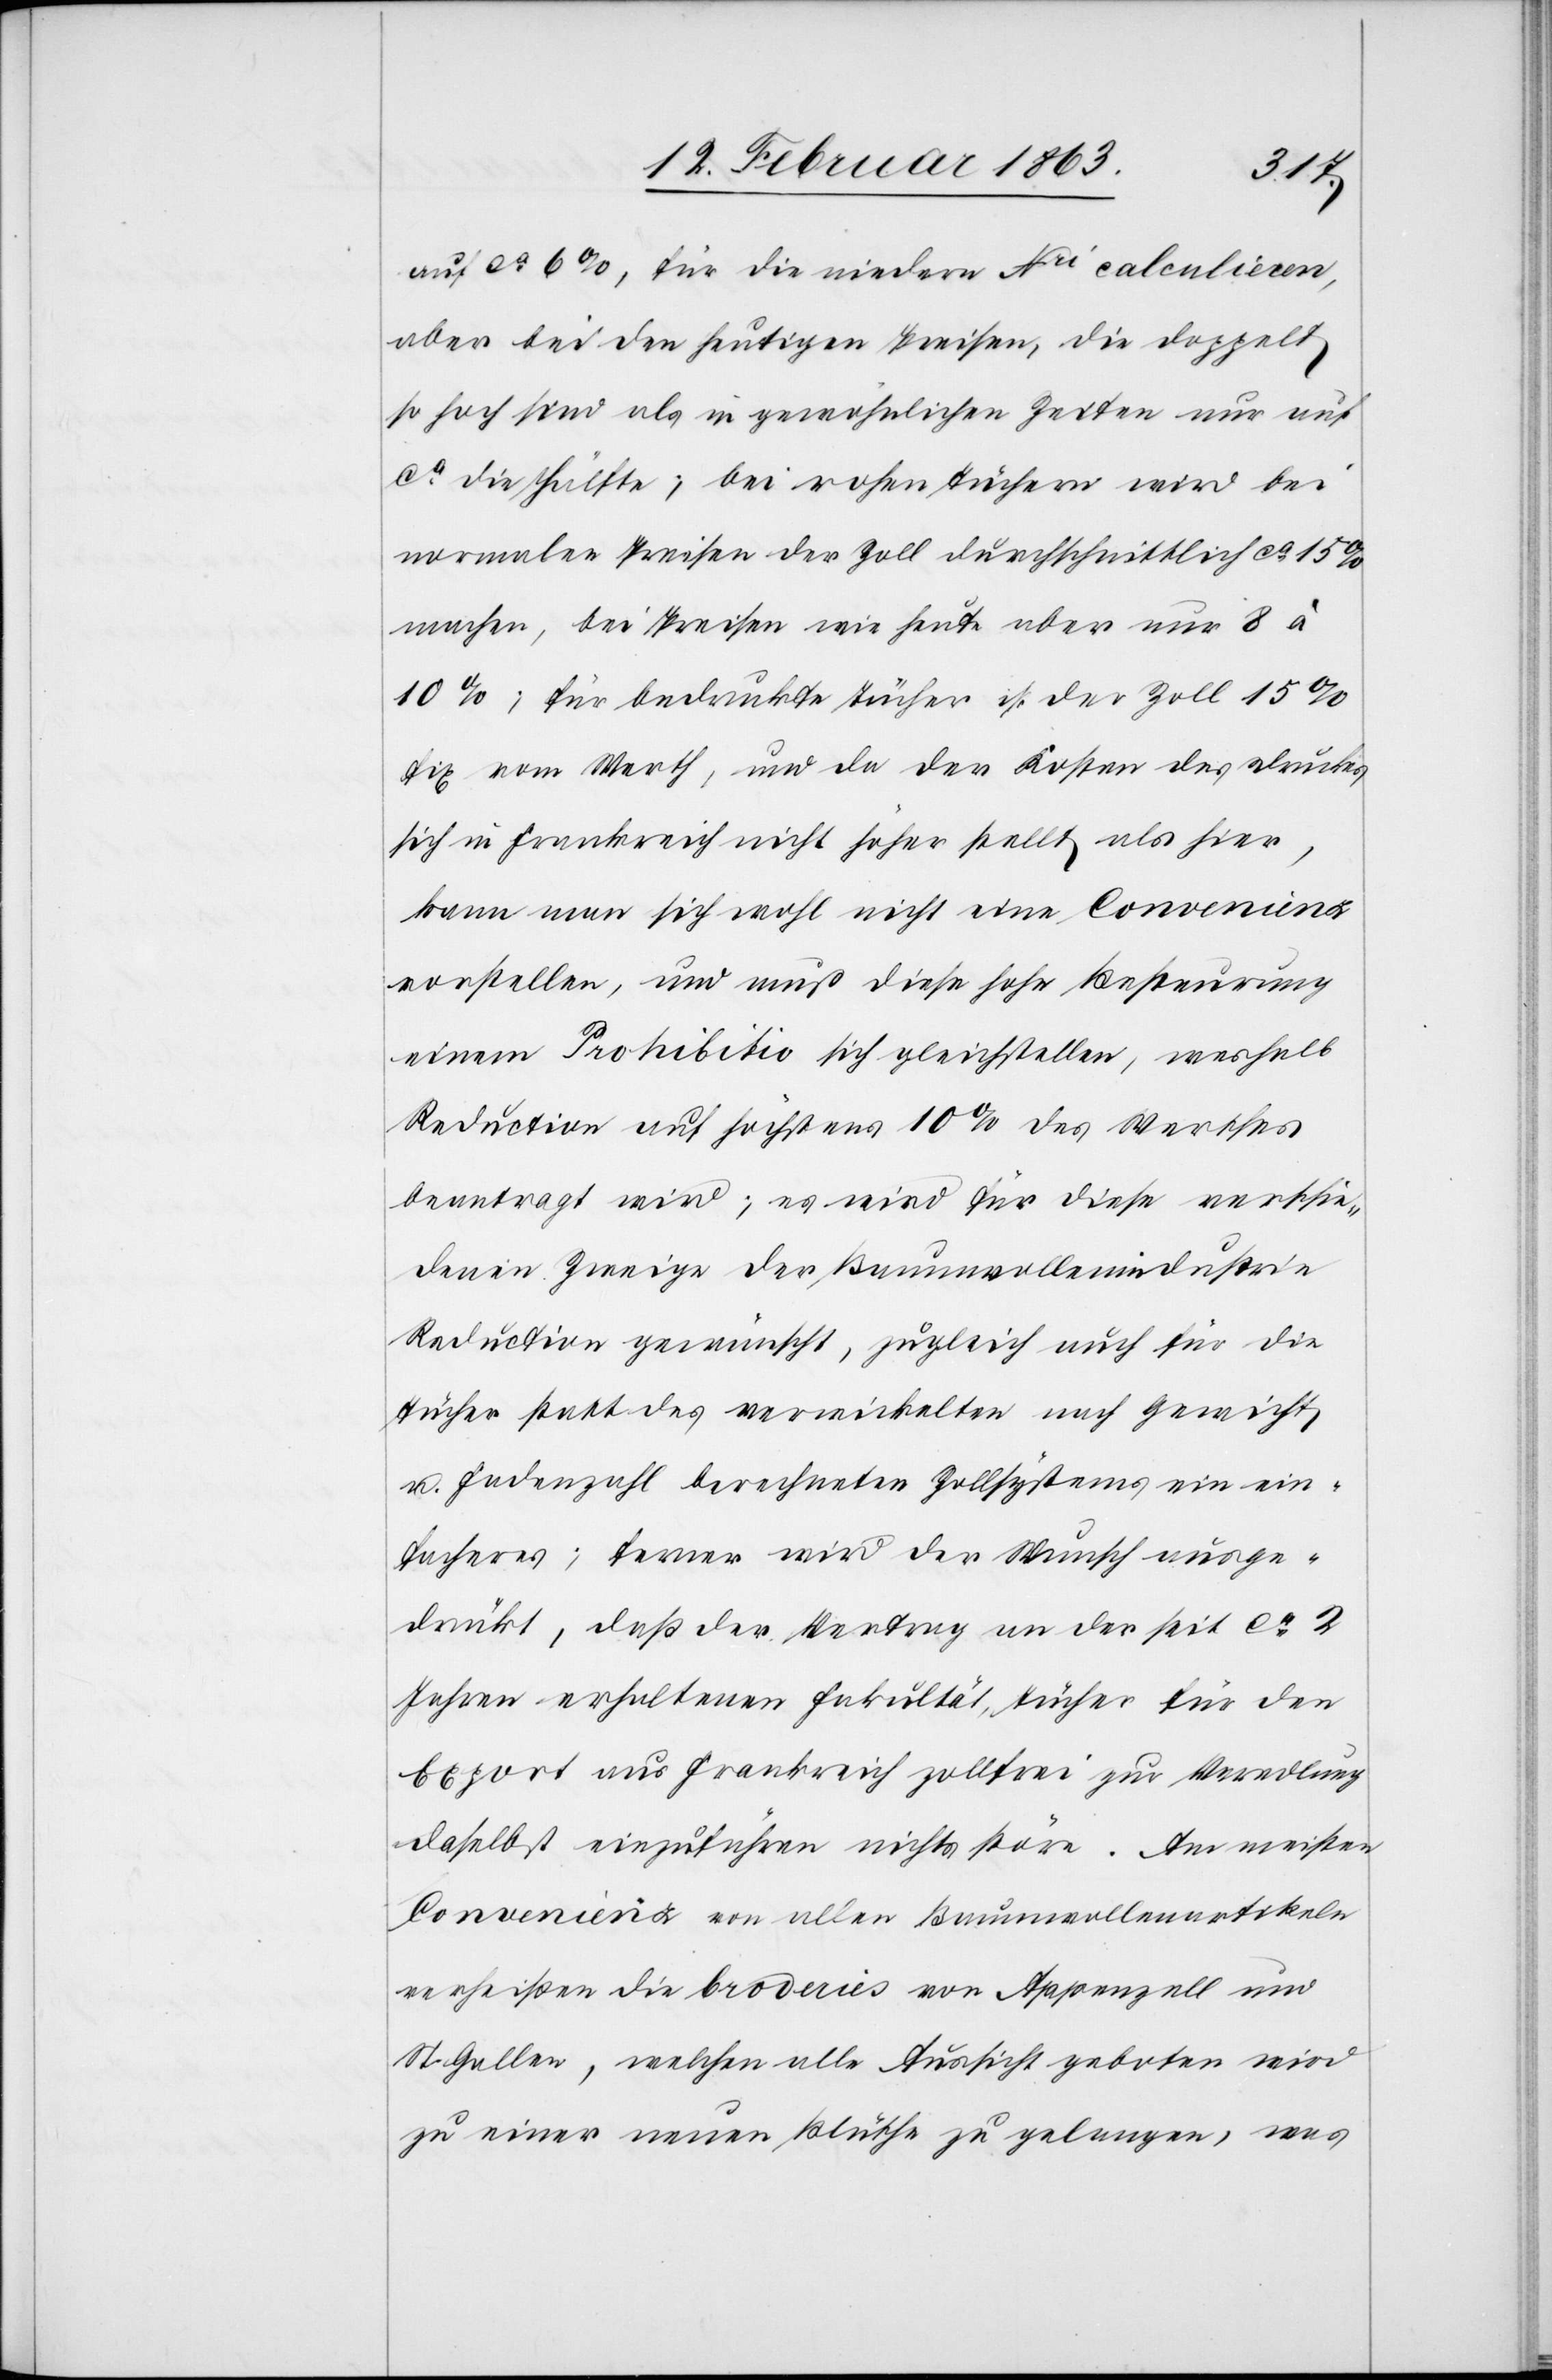
auf ca 6%, für die niedere Nri calculieren,
aber bei den heutigen Preisen, die doppelt
so hoch sind als in gewöhnlichen Zeiten nur auf
ca die Hälfte; bei rohen Tüchern wird bei
normalen Preisen der Zoll durchschnittlich ca 15%
machen, bei Preisen wie heute aber nur 8 à
10%; für bedruckte Tücher ist der Zoll 15%
fix vom Werth, und da der [sic!] Kosten des Druckes
sich in Frankreich nicht höher stellt als hier,
kann man sich wohl nicht eine Convenienz
vorstellen, und muß diese hohe Besteurung
einem Prohibitio sich gleichstellen, weshalb
Reduction auf höchstens 10% des Werthes
beantragt wird; es wird für diese verschie¬
denen Zweige der Baumwollenindustrie
Reduction gewünscht, zugleich auch für die
Tücher statt des verwickelten nach Gewicht
u. Fadenzahl berechneten Zollsystems ein ein¬
facheres; ferner wird der Wunsch ausge¬
drückt, daß der Vertrag an der seit ca 2
Jahren erhaltenen Fakultät, Tücher für den
Export aus Frankreich zollfrei zur Veredlung
daselbst einzuführen nichts störe. Am meisten
Convenienz von allen Baumwollenartikeln
verheißen die broderies von Appenzell und
St. Gallen, welchen alle Aussicht geboten wird
zu einer neuen Blüthe zu gelangen, was